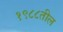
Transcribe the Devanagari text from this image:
१९८८तील